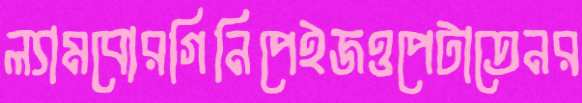
ল্যামবোরগিনিপেইজওপেটাতেনর